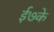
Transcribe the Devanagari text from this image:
ई७के